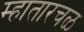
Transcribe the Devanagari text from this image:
म्हातारचळ